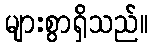
များစွာရှိသည်။